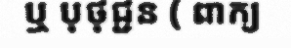
ឬ បុថុជ្ជន ( ពាក្យ